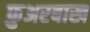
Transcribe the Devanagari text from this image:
फ़ुअरबाख